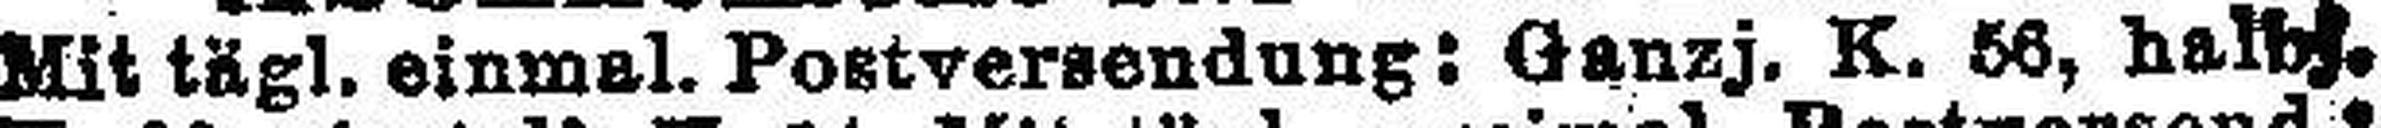
Mit tägl. einmal. Postversendung: Ganzj. K. 58, halbj.